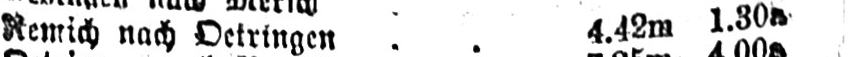
Remich nach Oetringen .. 4.42m 1.30a